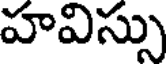
హవిస్సు